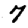
Digit: 7